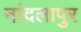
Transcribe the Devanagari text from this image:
नांदलापुर